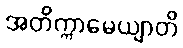
အတိက္ကာမေယျာတိ